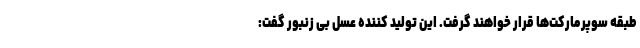
طبقه سوپرمارکت‌ها قرار خواهند گرفت. این تولید کننده عسل بی زنبور گفت: